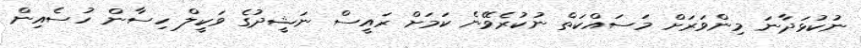
ނުކުޅަދާނަ މިންވަރަށް މަސައްކަތް ނުކުރެވޭނެ ކަމަށް ރައީސް ނަޝީދުގެ ވަކީލް ހިސާން ހުސެއިން